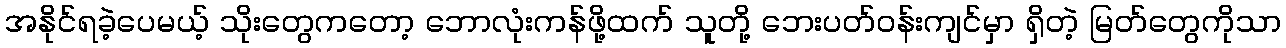
အနိုင်ရခဲ့ပေမယ့် သိုးတွေကတော့ ဘောလုံးကန်ဖို့ထက် သူတို့ ဘေးပတ်ဝန်းကျင်မှာ ရှိတဲ့ မြတ်တွေကိုသာ